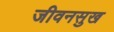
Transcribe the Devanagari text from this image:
जीवनसुख